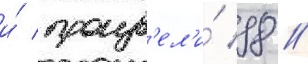
и́ произв'ел'и́ 98 /